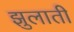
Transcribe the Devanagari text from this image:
झुलाती